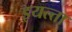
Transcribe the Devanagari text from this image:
इयत्त्ता